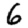
Digit: 6